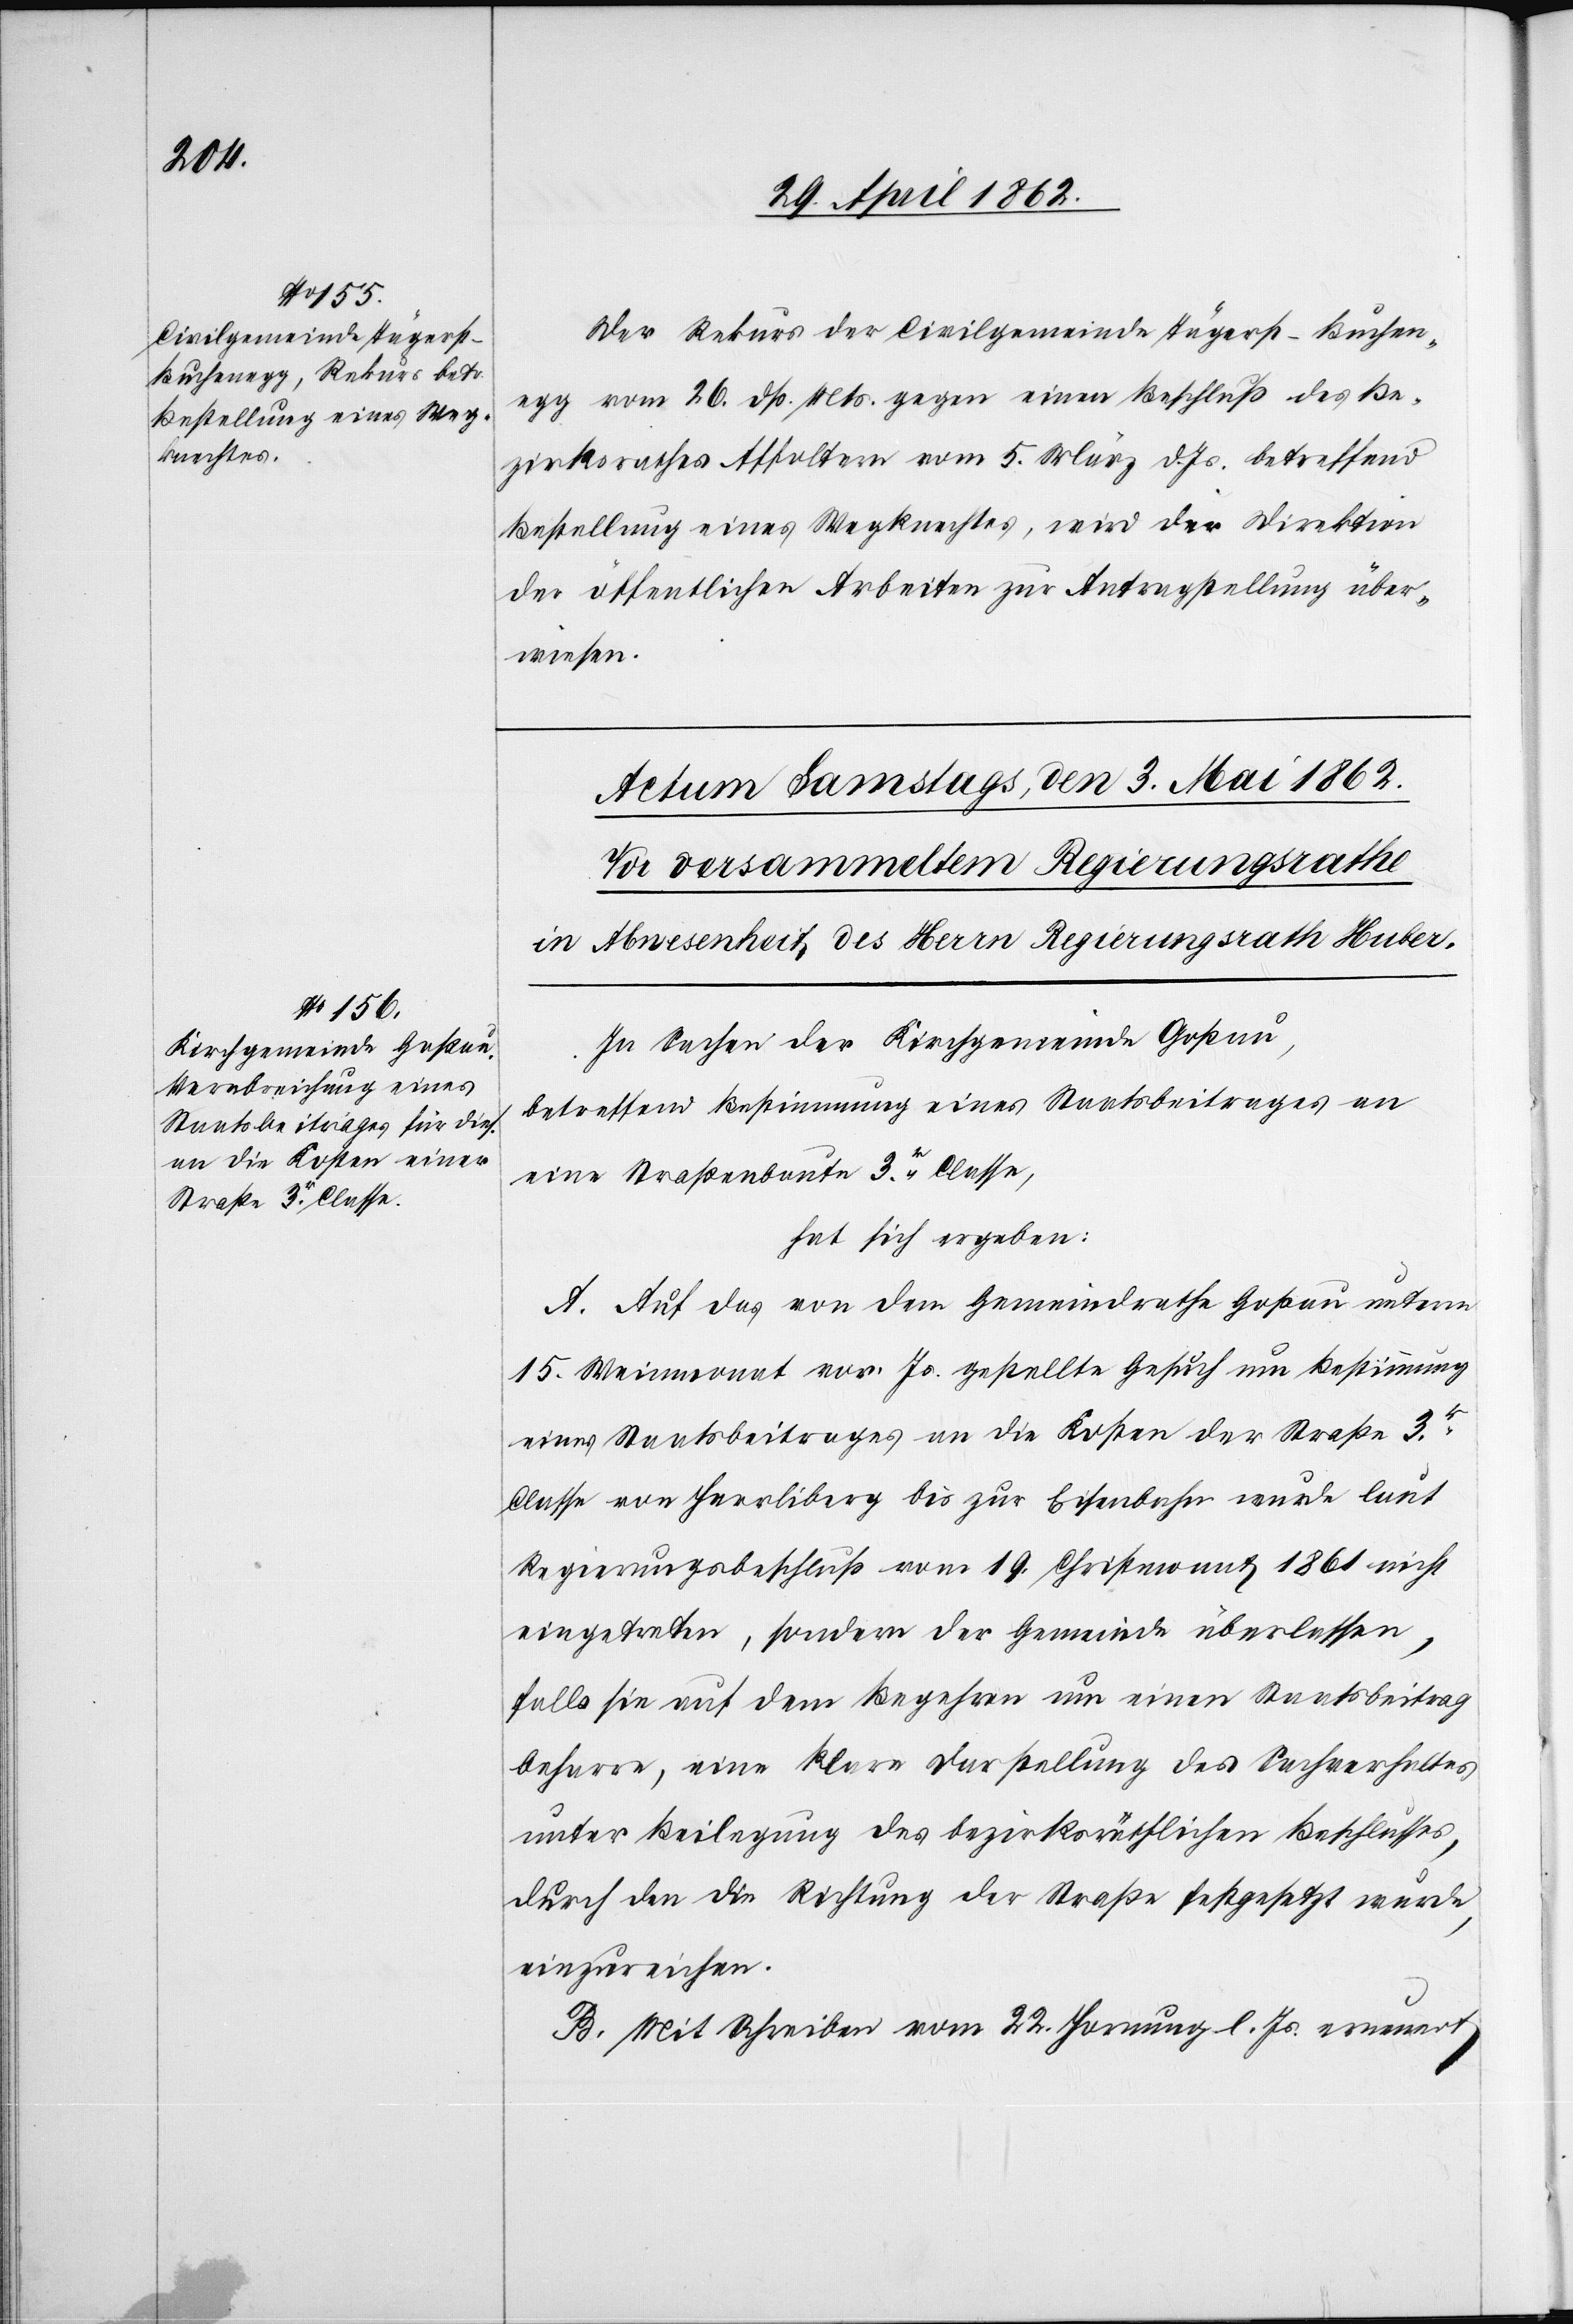
2. Mai 1862.
Der Rekurs der Civilgemeinde Tägerst-Buchen¬
egg vom 26. dß. Mts. gegen einen Beschluß des Be¬
zirksrathes Affoltern vom 5. März d. Js. betreffend
Bestellung eines Wegknechtes, wird der Direktion
der öffentlichen Arbeiten zur Antragstellung über¬
wiesen.
In Sachen der Kirchgemeinde Goßau,
betreffend Bestimmung eines Staatsbeitrages an
eine Straßenbaute 3r. Classe,
hat sich ergeben:
A. Auf das von dem Gemeindrathe Goßau unterm
15. Weinmonat vor. Js. gestellte Gesuch um Bestimmung
eines Staatsbeitrages an die Kosten der Straße 3r.
Classe von Herrliberg bis zur Eisenbahn wurde laut
Regierungsbeschluß vom 19. Christmonat 1861 nicht
eingetreten, sondern der Gemeinde überlassen,
falls sie auf dem Begehren um einen Staatsbeitrag
beharre, eine klare Darstellung des Sachverhaltes
unter Beilegung des bezirksräthlichen Beschlusses,
durch den die Richtung der Straße festgesetzt wurde,
einzureichen.
B. Mit Schreiben vom 22. Hornung l. Js. erneuert